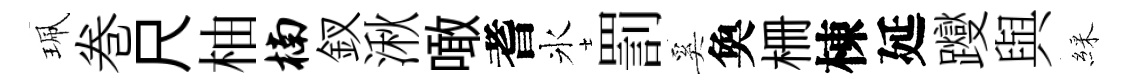
珮巻尺柚楠釵湫噉耆氷罰奚奐栅棟延躞與綵